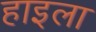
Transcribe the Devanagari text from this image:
हाइला